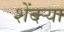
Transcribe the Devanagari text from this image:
शेंदऱ्या